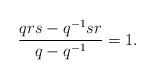
LaTeX: \begin{gather*}\frac{qrs-q^{-1}sr}{q-q^{-1}}=1.\end{gather*}